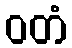
ဝတံ